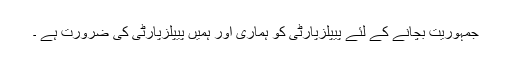
جمہوریت بچانے کے لئے پیپلزپارٹی کو ہماری اور ہمیں پیپلزپارٹی کی ضرورت ہے ۔